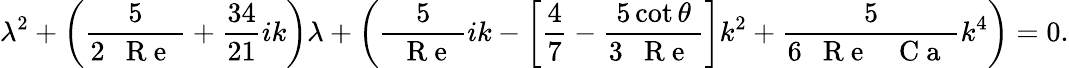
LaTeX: \lambda^{2}+\left(\frac{5}{2\mathrm{~\textit~{~R~e~}~}}+\frac{34}{21}ik\right)\lambda+\left(\frac{5}{\mathrm{~\textit~{~R~e~}~}}ik-\left[\frac{4}{7}-\frac{5\cot\theta}{3\mathrm{~\textit~{~R~e~}~}}\right]k^{2}+\frac{5}{6\mathrm{~\textit~{~R~e~}~}\mathrm{~\textit~{~C~a~}~}}k^{4}\right)=0.